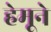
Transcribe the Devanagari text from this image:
हेमूने